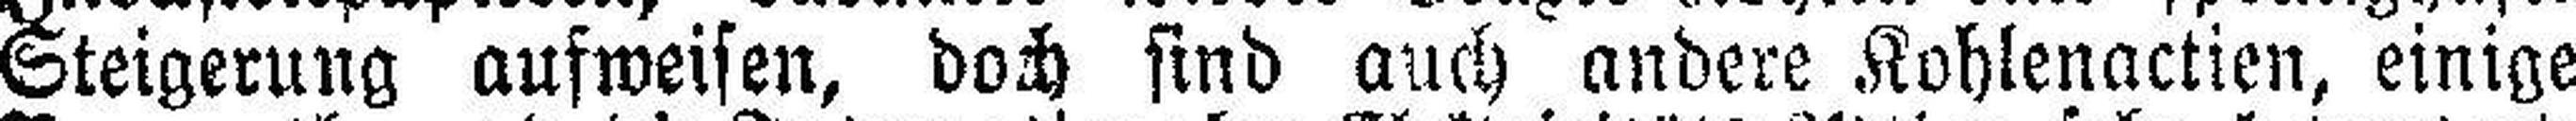
Steigerung aufweisen, doch sind auch andere Kohlenactien, einige